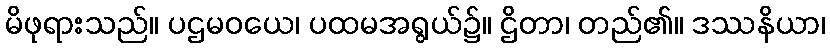
မိဖုရားသည်။ ပဌမဝယေ၊ ပထမအရွယ်၌။ ဌိတာ၊ တည်၏။ ဒဿနိယာ၊